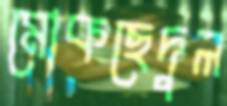
মোকছেদুল